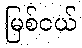
မြစ်ငယ်